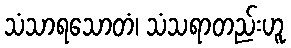
သံသာရသောတံ၊ သံသရာတည်းဟူ